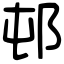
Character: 邨